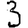
Digit: 3